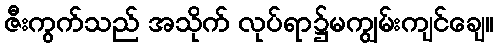
ဇီးကွက်သည် အသိုက် လုပ်ရာ၌မကျွမ်းကျင်ချေ။